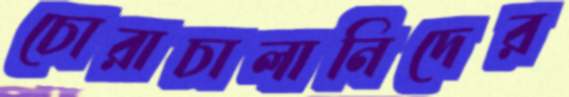
চোরাচালানিদের